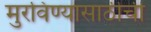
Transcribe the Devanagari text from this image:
मुरविण्यासाठीची